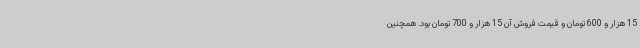
15 هزار و 600 تومان و قیمت فروش آن 15 هزار و 700 تومان بود. همچنین